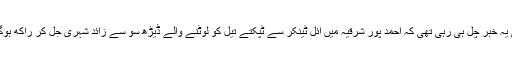
ابھی یہ خبر چل ہی رہی تھی کہ احمد پور شرقیہ میں آئل ٹینکر سے ٹپکتے تیل کو لوٹنے والے ڈیڑھ سو سے زائد شہری جل کر راکھ ہوگئے۔